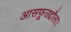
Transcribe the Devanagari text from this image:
आसफूउद्दौला।